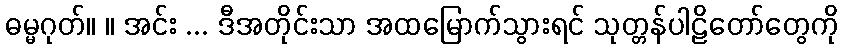
ဓမ္မဂုတ်။ ။ အင်း ... ဒီအတိုင်းသာ အထမြောက်သွားရင် သုတ္တန်ပါဠိတော်တွေကို